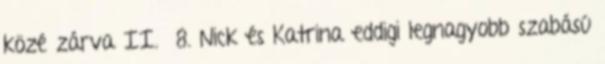
közé zárva II. 8. Nick és Katrina eddigi legnagyobb szabású